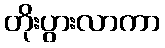
တိုးပွားလာကာ